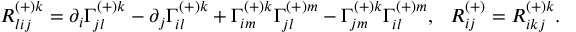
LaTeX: R _ { l i j } ^ { ( + ) k } = \partial _ { i } \Gamma _ { j l } ^ { ( + ) k } - \partial _ { j } \Gamma _ { i l } ^ { ( + ) k } + \Gamma _ { i m } ^ { ( + ) k } \Gamma _ { j l } ^ { ( + ) m } - \Gamma _ { j m } ^ { ( + ) k } \Gamma _ { i l } ^ { ( + ) m } , \ \ R _ { i j } ^ { ( + ) } = R _ { i k j } ^ { ( + ) k } .